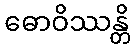
ဓောဝိဿန္တိ